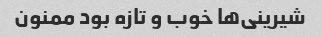
شیرینی‌ها خوب و تازه بود ممنون